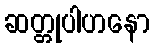
ဆတ္တုပါဟနော